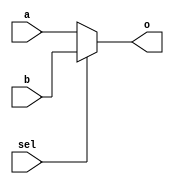
// Xilinx Only 
// TODO ifdef to enable inclusion
// (* LUT_MAP="yes" *)

module m21 (
  input   wire sel,
  input   wire a,
  input   wire b,

  output  wire o
);

  assign o = sel ? b : a;

endmodule